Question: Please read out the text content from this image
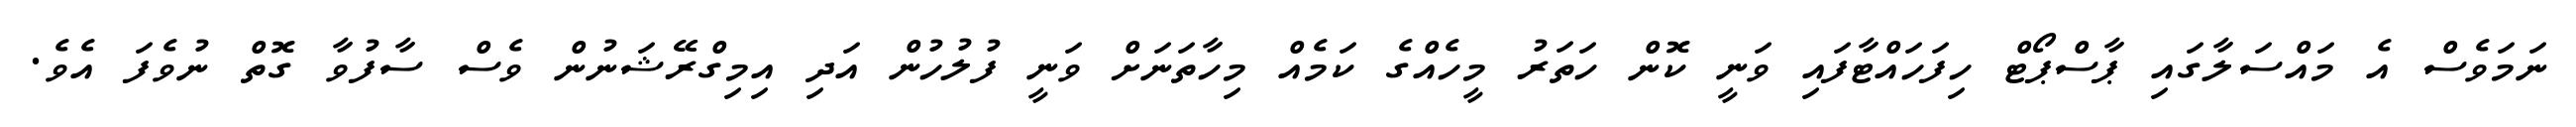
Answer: ނަމަވެސް އެ މައްސަލާގައި ޕާސްޕޯޓް ހިފަހައްޓާފައި ވަނީ ކޮން ހަތަރު މީހެއްގެ ކަމެއް މިހާތަނަށް ވަނީ ފުލުހުން އަދި އިމިގްރޭޝަނުން ވެސް ސާފުވާ ގޮތް ނުވެފަ އެވެ.